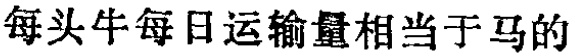
每头牛每日运输量相当于马的